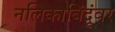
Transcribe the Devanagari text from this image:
नलिकाबिंदूंवर